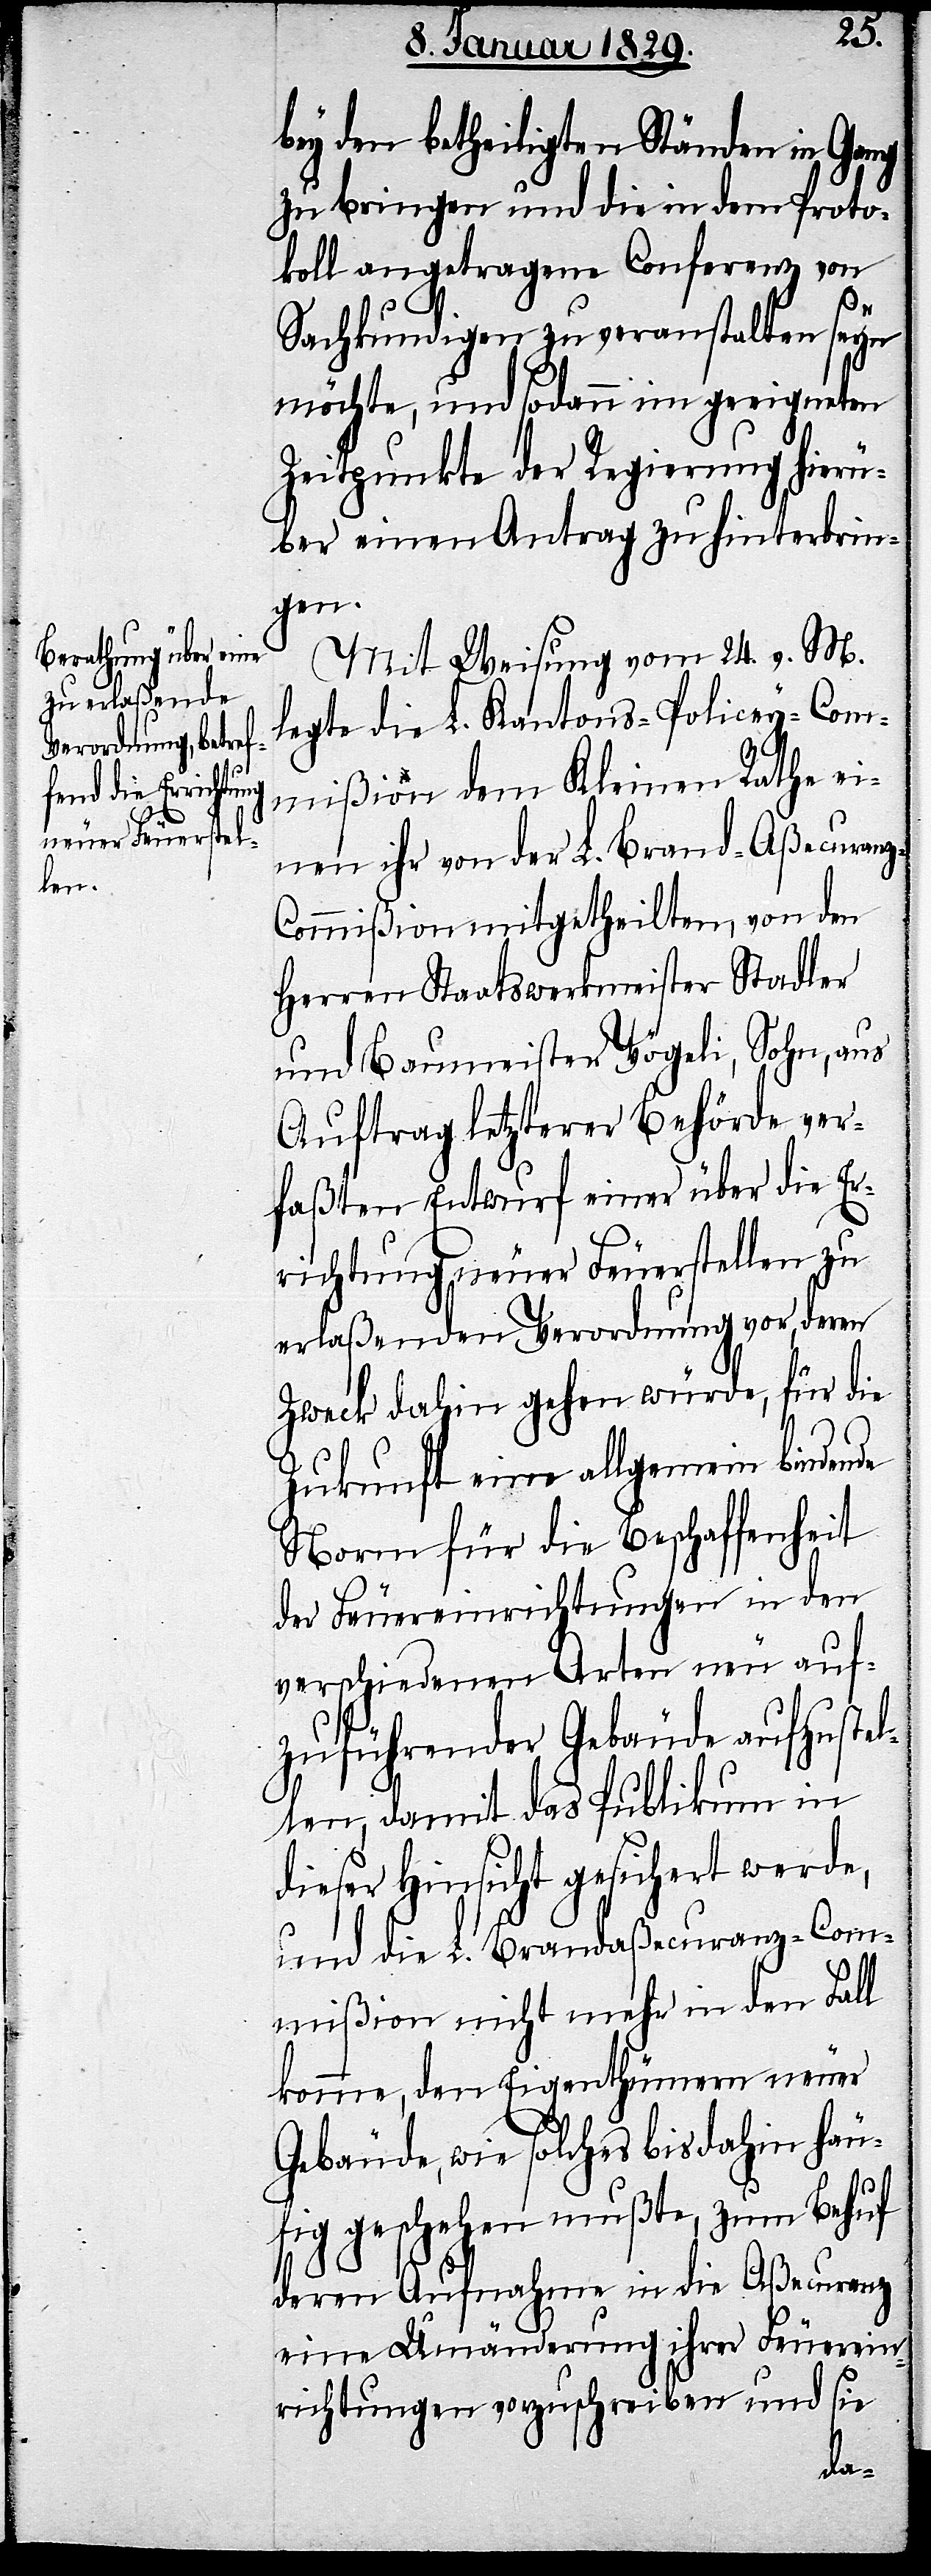
bey den betheiligten Ständen in Gang
zu bringen und die in dem Proto¬
koll angetragene Conferenz von
Sachkundigen zu veranstalten seyn
möchte, und sodann im geeigneten
Zeitpunkte der Regierung hier¬
über einen Antrag zu hinterbrin¬
gen.
Mit Weisung vom 24. v. M.
legte die L. Kantons-Policey-Com¬
mißion dem Kleinen Rathe ei¬
nen ihr von der L. Brand-Aßecuran¬
z-Commißion mitgetheilten, von den
Herren Staatswerkmeister Stadler
und Baumeister Vögeli, Sohn, aus
Auftrag letzterer Behörde ver¬
faßten Entwurf einer über die Er¬
richtung neuer Feuerstellen zu
erlaßenden Verordnung vor, deren
Zweck dahin gehen würde, für die
Zukunft eine allgemein bindende
Norm für die Beschaffenheit
der Feuereinrichtungen in den
verschiedenen Arten neu auf¬
zuführender Gebäude auszustel¬
len, damit das Publikum in
dieser Hinsicht gesichert werde,
und die L. Brandaßecuranz-Com¬
mißion nicht mehr in den Fall
komme, den Eigenthümern neuer
Gebäude, wie solches bis dahin häu¬
fig geschehen mußte, zum Behuf
deren Aufnahme in die Aßecuranz
eine Umänderung ihrer Feuerein¬
richtungen vorzuschreiben und sie